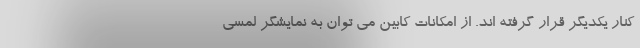
کنار یکدیگر قرار گرفته اند. از امکانات کابین می توان به نمایشگر لمسی